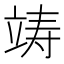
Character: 𮵧